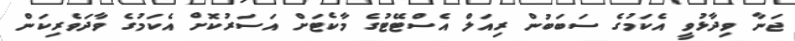
ޖަނާ ވިދާޅުވީ އެކަމުގެ ސަބަބުން ރިއަލް އެސްޓޭޓުގެ މާކެޓަށް އަސަރުކޮށް އެކަމުގެ ވާދަވެރިކަން